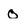
Character: O